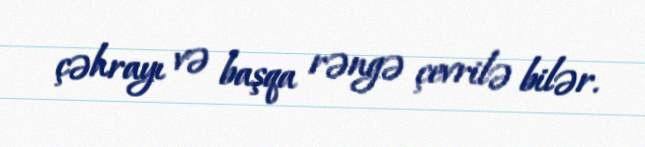
çəhrayı və başqa rəngə çevrilə bilər.